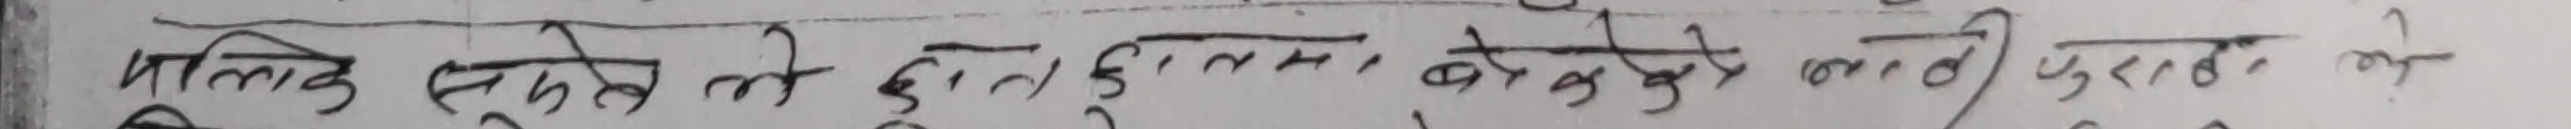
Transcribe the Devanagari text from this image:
मालिक हुए तो दुल्हन, बेखुदी में कभी फुरसत के